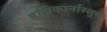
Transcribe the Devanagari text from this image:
हलिकार्नास्सुस